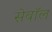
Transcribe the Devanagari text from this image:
सेवॉल